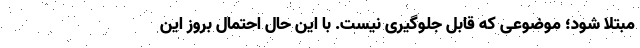
مبتلا شود؛ موضوعی که قابل جلوگیری نیست. با این حال احتمال بروز این